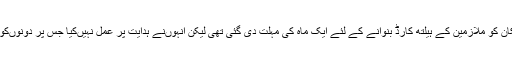
دونوںہوٹل مالکان کو ملازمین کے ہیلتھ کارڈ بنوانے کے لئے ایک ماہ کی مہلت دی گئی تھی لیکن انہوںنے ہدایت پر عمل نہیںکیا جس پر دونوںکو سیل کردیا گیا۔